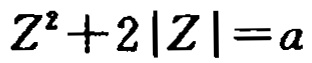
$Z^{2}+2|Z|=a$